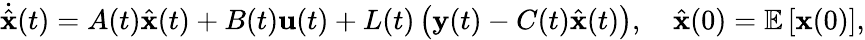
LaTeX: {\dot{\hat{\mathbf{x}}}}(t)=A(t){\hat{\mathbf{x}}}(t)+B(t){\mathbf{u}}(t)+L(t)\left({\mathbf{y}}(t)-C(t){\hat{\mathbf{x}}}(t)\right),\quad{\hat{\mathbf{x}}}(0)=\mathbb{E}\left[{\mathbf{x}}(0)\right],